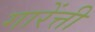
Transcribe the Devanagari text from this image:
गारेंत्ती